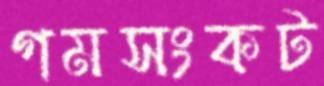
গমসংকট